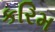
કરિમ